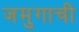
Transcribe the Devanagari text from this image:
जमुगाची